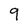
Character: 9